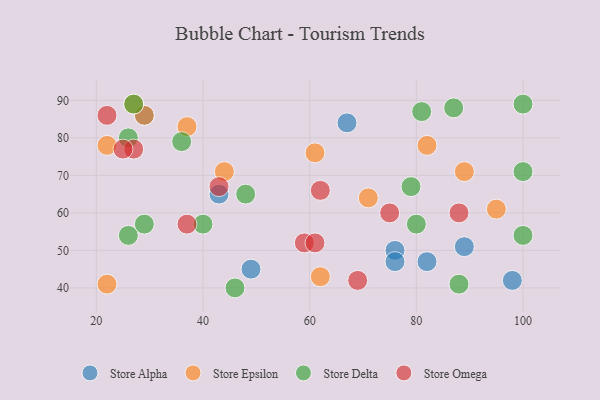
{"axis": {"x": "GDP", "y": "Life Expectancy"}, "legend": ["Store Alpha", "Store Delta", "Store Epsilon", "Store Omega"], "data": [{"x": "98", "y": 42, "type": "Store Alpha"}, {"x": "89", "y": 51, "type": "Store Alpha"}, {"x": "43", "y": 65, "type": "Store Alpha"}, {"x": "29", "y": 86, "type": "Store Alpha"}, {"x": "76", "y": 50, "type": "Store Alpha"}, {"x": "82", "y": 47, "type": "Store Alpha"}, {"x": "67", "y": 84, "type": "Store Alpha"}, {"x": "76", "y": 47, "type": "Store Alpha"}, {"x": "49", "y": 45, "type": "Store Alpha"}, {"x": "44", "y": 71, "type": "Store Epsilon"}, {"x": "61", "y": 76, "type": "Store Epsilon"}, {"x": "22", "y": 78, "type": "Store Epsilon"}, {"x": "82", "y": 78, "type": "Store Epsilon"}, {"x": "29", "y": 86, "type": "Store Epsilon"}, {"x": "71", "y": 64, "type": "Store Epsilon"}, {"x": "37", "y": 83, "type": "Store Epsilon"}, {"x": "89", "y": 71, "type": "Store Epsilon"}, {"x": "22", "y": 41, "type": "Store Epsilon"}, {"x": "95", "y": 61, "type": "Store Epsilon"}, {"x": "62", "y": 43, "type": "Store Epsilon"}, {"x": "27", "y": 89, "type": "Store Epsilon"}, {"x": "87", "y": 88, "type": "Store Delta"}, {"x": "27", "y": 89, "type": "Store Delta"}, {"x": "88", "y": 41, "type": "Store Delta"}, {"x": "26", "y": 54, "type": "Store Delta"}, {"x": "81", "y": 87, "type": "Store Delta"}, {"x": "36", "y": 79, "type": "Store Delta"}, {"x": "100", "y": 71, "type": "Store Delta"}, {"x": "29", "y": 57, "type": "Store Delta"}, {"x": "100", "y": 89, "type": "Store Delta"}, {"x": "48", "y": 65, "type": "Store Delta"}, {"x": "26", "y": 80, "type": "Store Delta"}, {"x": "46", "y": 40, "type": "Store Delta"}, {"x": "79", "y": 67, "type": "Store Delta"}, {"x": "80", "y": 57, "type": "Store Delta"}, {"x": "100", "y": 54, "type": "Store Delta"}, {"x": "40", "y": 57, "type": "Store Delta"}, {"x": "27", "y": 77, "type": "Store Omega"}, {"x": "75", "y": 60, "type": "Store Omega"}, {"x": "43", "y": 67, "type": "Store Omega"}, {"x": "22", "y": 86, "type": "Store Omega"}, {"x": "37", "y": 57, "type": "Store Omega"}, {"x": "59", "y": 52, "type": "Store Omega"}, {"x": "62", "y": 66, "type": "Store Omega"}, {"x": "88", "y": 60, "type": "Store Omega"}, {"x": "25", "y": 77, "type": "Store Omega"}, {"x": "61", "y": 52, "type": "Store Omega"}, {"x": "69", "y": 42, "type": "Store Omega"}]}